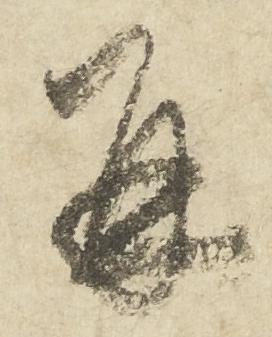
并